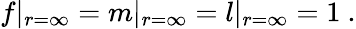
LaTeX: f|_{r=\infty}=m|_{r=\infty}=l|_{r=\infty}=1\ .